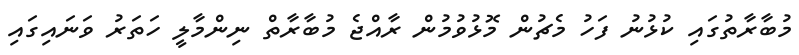
މުބާރާތުގައި ކުޅުނު ފަހު މެޗުން މޮޅުވުމުން ރާއްޖެ މުބާރާތް ނިންމާލީ ހަތަރު ވަނައިގައި